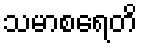
သမာစရေတိ